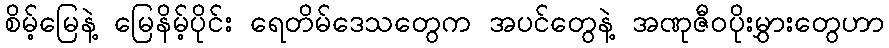
စိမ့်မြေနဲ့ မြေနိမ့်ပိုင်း ရေတိမ်ဒေသတွေက အပင်တွေနဲ့ အဏုဇီဝပိုးမွှားတွေဟာ